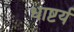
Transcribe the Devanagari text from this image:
धाष्टर्य